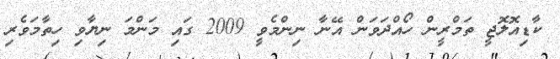
ކާޑިއޮލޮޖީ ތަމްރީން ހޯއްދަވަން އޭނާ ނިންމެވީ 2009 ގައި މަންމަ ނިޔާވި ހިތާމަވެރި